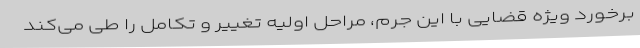
برخورد ویژه قضایی با این جرم،‌ مراحل اولیه تغییر و تکامل را طی می‌کند